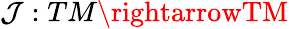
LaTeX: \mathcal{J}:TM\rightarrowTM